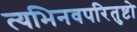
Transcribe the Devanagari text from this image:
त्यभिनवपरितुष्टो